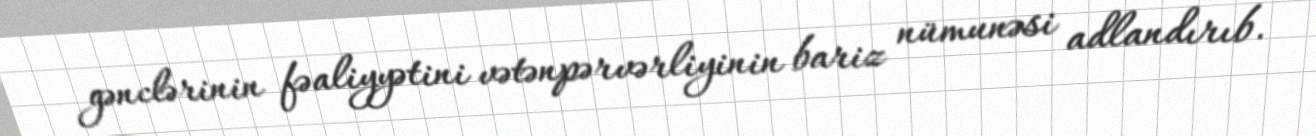
gənclərinin fəaliyyətini vətənpərvərliyinin bariz nümunəsi adlandırıb.